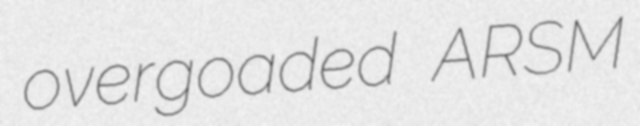
overgoaded ARSM